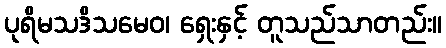
ပုရိမသဒိသမေဝ၊ ရှေးနှင့် တူသည်သာတည်း။